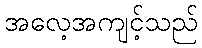
အလေ့အကျင့်သည်